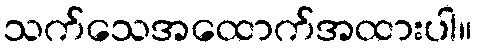
သက်သေအထောက်အထားပါ။